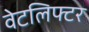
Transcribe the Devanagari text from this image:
वेटलिफ्टर